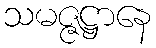
သမဇ္ဇဋ္ဌာနေ